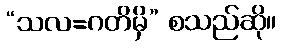
“သလ=ဂတိမှိ” စသည်ဆို။